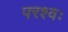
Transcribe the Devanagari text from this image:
परश्वः